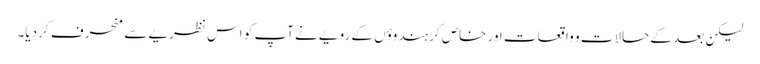
لیکن بعد کے حالات و واقعات اور خاص کر ہندوؤں کے رویے نے آپ کو اس نظریے سے منحرف کر دیا۔